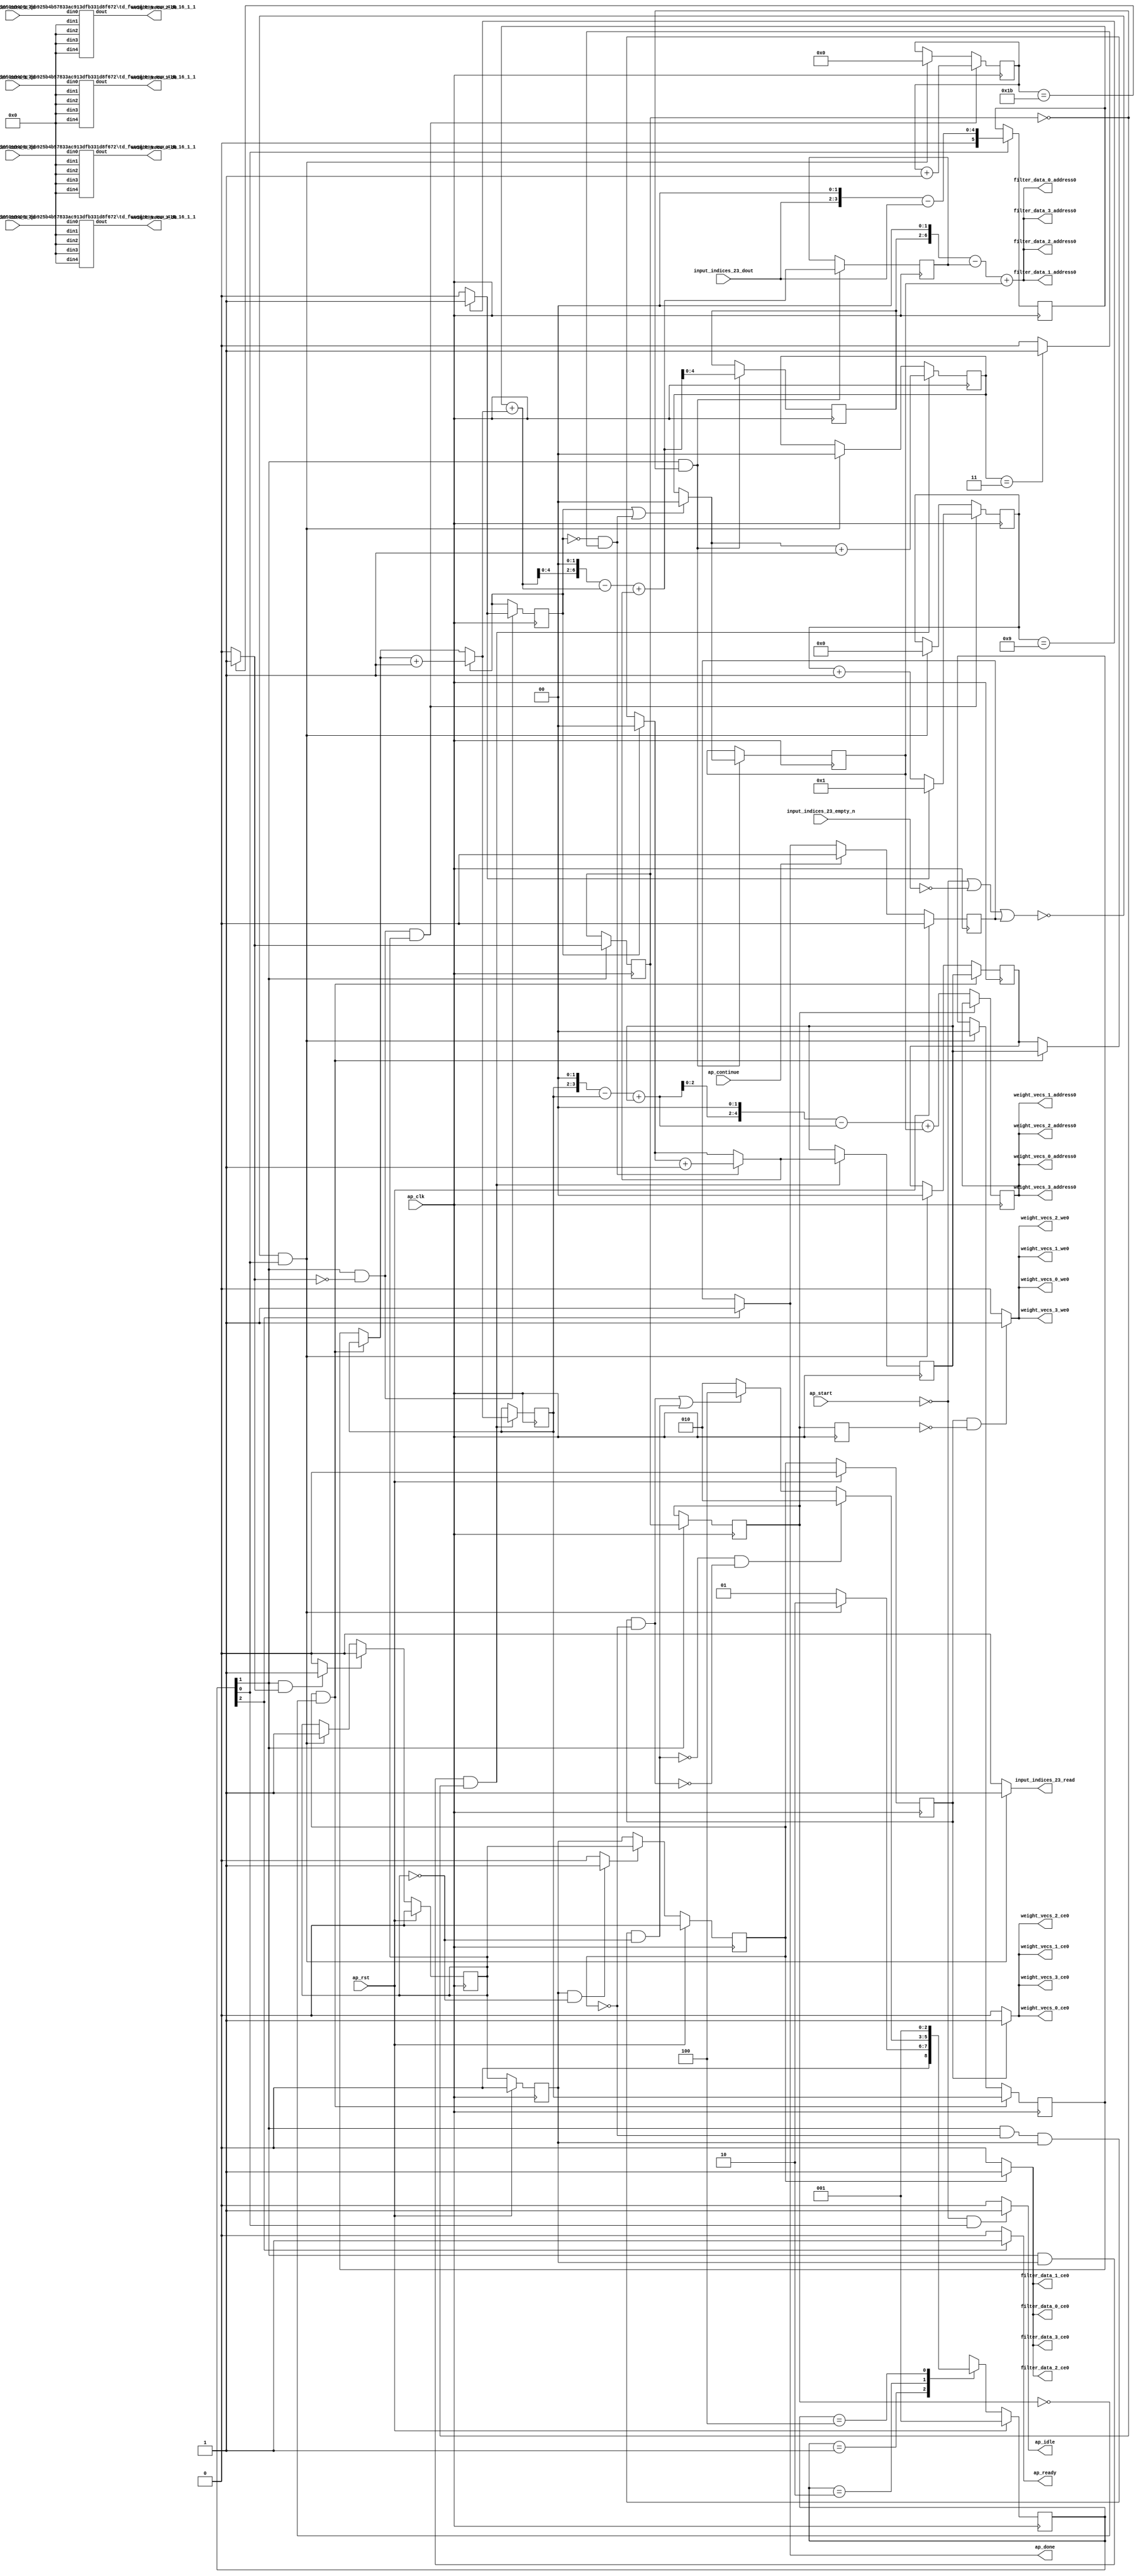
`define EXPONENT 5
`define MANTISSA 10
`define ACTUAL_MANTISSA 11
`define EXPONENT_LSB 10
`define EXPONENT_MSB 14
`define MANTISSA_LSB 0
`define MANTISSA_MSB 9
`define MANTISSA_MUL_SPLIT_LSB 3
`define MANTISSA_MUL_SPLIT_MSB 9
`define SIGN 1
`define SIGN_LOC 15
`define DWIDTH (`SIGN+`EXPONENT+`MANTISSA)
`define IEEE_COMPLIANCE 1

module td_fused_top_tdf1_readFilters18 (
        ap_clk,
        ap_rst,
        ap_start,
        ap_done,
        ap_continue,
        ap_idle,
        ap_ready,
        filter_data_0_address0,
        filter_data_0_ce0,
        filter_data_0_q0,
        filter_data_1_address0,
        filter_data_1_ce0,
        filter_data_1_q0,
        filter_data_2_address0,
        filter_data_2_ce0,
        filter_data_2_q0,
        filter_data_3_address0,
        filter_data_3_ce0,
        filter_data_3_q0,
        input_indices_23_dout,
        input_indices_23_empty_n,
        input_indices_23_read,
        weight_vecs_0_address0,
        weight_vecs_0_ce0,
        weight_vecs_0_we0,
        weight_vecs_0_d0,
        weight_vecs_1_address0,
        weight_vecs_1_ce0,
        weight_vecs_1_we0,
        weight_vecs_1_d0,
        weight_vecs_2_address0,
        weight_vecs_2_ce0,
        weight_vecs_2_we0,
        weight_vecs_2_d0,
        weight_vecs_3_address0,
        weight_vecs_3_ce0,
        weight_vecs_3_we0,
        weight_vecs_3_d0
);

parameter    ap_ST_fsm_state1 = 3'd1;
parameter    ap_ST_fsm_pp0_stage0 = 3'd2;
parameter    ap_ST_fsm_state6 = 3'd4;

input   ap_clk;
input   ap_rst;
input   ap_start;
output   ap_done;
input   ap_continue;
output   ap_idle;
output   ap_ready;
output  [6:0] filter_data_0_address0;
output   filter_data_0_ce0;
input  [15:0] filter_data_0_q0;
output  [6:0] filter_data_1_address0;
output   filter_data_1_ce0;
input  [15:0] filter_data_1_q0;
output  [6:0] filter_data_2_address0;
output   filter_data_2_ce0;
input  [15:0] filter_data_2_q0;
output  [6:0] filter_data_3_address0;
output   filter_data_3_ce0;
input  [15:0] filter_data_3_q0;
input  [1:0] input_indices_23_dout;
input   input_indices_23_empty_n;
output   input_indices_23_read;
output  [4:0] weight_vecs_0_address0;
output   weight_vecs_0_ce0;
output   weight_vecs_0_we0;
output  [15:0] weight_vecs_0_d0;
output  [4:0] weight_vecs_1_address0;
output   weight_vecs_1_ce0;
output   weight_vecs_1_we0;
output  [15:0] weight_vecs_1_d0;
output  [4:0] weight_vecs_2_address0;
output   weight_vecs_2_ce0;
output   weight_vecs_2_we0;
output  [15:0] weight_vecs_2_d0;
output  [4:0] weight_vecs_3_address0;
output   weight_vecs_3_ce0;
output   weight_vecs_3_we0;
output  [15:0] weight_vecs_3_d0;

reg ap_done;
reg ap_idle;
reg ap_ready;
reg filter_data_0_ce0;
reg filter_data_1_ce0;
reg filter_data_2_ce0;
reg filter_data_3_ce0;
reg input_indices_23_read;
reg weight_vecs_0_ce0;
reg weight_vecs_0_we0;
reg weight_vecs_1_ce0;
reg weight_vecs_1_we0;
reg weight_vecs_2_ce0;
reg weight_vecs_2_we0;
reg weight_vecs_3_ce0;
reg weight_vecs_3_we0;

reg    ap_done_reg;
  reg   [2:0] ap_CS_fsm;
wire    ap_CS_fsm_state1;
reg    input_indices_23_blk_n;
reg   [4:0] indvar_flatten13_reg_210;
reg   [3:0] indvar_flatten_reg_221;
reg   [1:0] ii_reg_232;
reg   [1:0] jj_reg_243;
reg   [1:0] kk_reg_254;
wire   [5:0] sext_ln47_fu_287_p1;
reg   [5:0] sext_ln47_reg_602;
wire   [4:0] add_ln47_6_fu_291_p2;
wire    ap_CS_fsm_pp0_stage0;
reg    ap_enable_reg_pp0_iter0;
wire    ap_block_state2_pp0_stage0_iter0;
wire    ap_block_state3_pp0_stage0_iter1;
wire    ap_block_state4_pp0_stage0_iter2;
wire    ap_block_state5_pp0_stage0_iter3;
wire    ap_block_pp0_stage0_11001;
wire   [0:0] icmp_ln47_fu_297_p2;
reg   [0:0] icmp_ln47_reg_612;
reg   [0:0] icmp_ln47_reg_612_pp0_iter1_reg;
reg   [0:0] icmp_ln47_reg_612_pp0_iter2_reg;
wire   [0:0] icmp_ln48_fu_303_p2;
reg   [0:0] icmp_ln48_reg_616;
wire   [3:0] select_ln48_12_fu_315_p3;
wire   [1:0] select_ln47_11_fu_336_p3;
reg   [1:0] select_ln47_11_reg_629;
reg    ap_enable_reg_pp0_iter1;
wire   [1:0] select_ln48_fu_402_p3;
reg   [1:0] select_ln48_reg_636;
wire   [1:0] select_ln48_11_fu_410_p3;
reg   [1:0] select_ln48_11_reg_642;
wire   [6:0] trunc_ln55_fu_428_p1;
reg   [6:0] trunc_ln55_reg_648;
wire   [4:0] trunc_ln55_16_fu_432_p1;
reg   [4:0] trunc_ln55_16_reg_653;
wire   [1:0] add_ln49_fu_436_p2;
wire   [4:0] add_ln55_14_fu_529_p2;
reg   [4:0] add_ln55_14_reg_683;
reg    ap_block_state1;
wire    ap_block_pp0_stage0_subdone;
reg    ap_condition_pp0_flush_enable;
reg    ap_enable_reg_pp0_iter2;
reg    ap_condition_pp0_exit_iter1_state3;
reg    ap_enable_reg_pp0_iter3;
reg   [1:0] ap_phi_mux_ii_phi_fu_236_p4;
wire    ap_block_pp0_stage0;
reg   [1:0] ap_phi_mux_jj_phi_fu_247_p4;
wire   [63:0] zext_ln55_42_fu_521_p1;
wire   [63:0] zext_ln55_43_fu_535_p1;
wire   [15:0] tmp_fu_542_p6;
wire   [15:0] tmp_s_fu_557_p6;
wire   [15:0] tmp_5_fu_572_p6;
wire   [15:0] tmp_6_fu_587_p6;
wire   [3:0] tmp_52_fu_269_p3;
wire   [4:0] zext_ln55_34_fu_277_p1;
wire   [4:0] zext_ln55_fu_265_p1;
wire   [4:0] sub_ln55_fu_281_p2;
wire   [3:0] add_ln48_6_fu_309_p2;
wire   [1:0] add_ln47_fu_323_p2;
wire   [5:0] zext_ln55_36_fu_343_p1;
wire   [5:0] add_ln55_fu_347_p2;
wire   [7:0] tmp_77_fu_356_p3;
wire   [61:0] sext_ln55_11_fu_364_p1;
wire   [61:0] sext_ln55_fu_352_p1;
wire   [0:0] icmp_ln49_fu_379_p2;
wire   [0:0] xor_ln47_fu_374_p2;
wire   [1:0] select_ln47_fu_329_p3;
wire   [0:0] and_ln47_fu_385_p2;
wire   [0:0] or_ln48_fu_397_p2;
wire   [1:0] add_ln48_fu_391_p2;
wire   [61:0] sub_ln55_11_fu_368_p2;
wire   [61:0] zext_ln55_39_fu_418_p1;
wire   [61:0] add_ln55_11_fu_422_p2;
wire   [3:0] tmp_53_fu_445_p3;
wire   [4:0] zext_ln55_37_fu_452_p1;
wire   [4:0] zext_ln55_35_fu_442_p1;
wire   [4:0] sub_ln55_12_fu_456_p2;
wire   [6:0] p_shl2_cast_fu_469_p3;
wire   [5:0] sext_ln48_fu_462_p1;
wire   [5:0] zext_ln55_38_fu_466_p1;
wire   [5:0] add_ln55_12_fu_481_p2;
wire   [2:0] trunc_ln55_18_fu_491_p1;
wire   [4:0] p_shl1_cast_fu_495_p3;
wire   [4:0] trunc_ln55_17_fu_487_p1;
wire   [6:0] sub_ln55_13_fu_476_p2;
wire   [6:0] zext_ln55_41_fu_512_p1;
wire   [6:0] add_ln55_13_fu_515_p2;
wire   [4:0] sub_ln55_14_fu_503_p2;
wire   [4:0] zext_ln55_40_fu_509_p1;
wire    ap_CS_fsm_state6;
reg   [2:0] ap_NS_fsm;
reg    ap_idle_pp0;
wire    ap_enable_pp0;
wire    ap_ce_reg;

// power-on initialization
initial begin
#0 ap_done_reg = 1'b0;
#0 ap_CS_fsm = 3'd1;
#0 ap_enable_reg_pp0_iter0 = 1'b0;
#0 ap_enable_reg_pp0_iter1 = 1'b0;
#0 ap_enable_reg_pp0_iter2 = 1'b0;
#0 ap_enable_reg_pp0_iter3 = 1'b0;
end

td_fused_top_mux_416_16_1_1 #(
    .ID( 1 ),
    .NUM_STAGE( 1 ),
    .din0_WIDTH( 16 ),
    .din1_WIDTH( 16 ),
    .din2_WIDTH( 16 ),
    .din3_WIDTH( 16 ),
    .din4_WIDTH( 16 ),
    .dout_WIDTH( 16 ))
mux_416_16_1_1_U17(
    .din0(filter_data_0_q0),
    .din1(16'd0),
    .din2(16'd0),
    .din3(16'd0),
    .din4(16'd0),
    .dout(tmp_fu_542_p6)
);

td_fused_top_mux_416_16_1_1 #(
    .ID( 1 ),
    .NUM_STAGE( 1 ),
    .din0_WIDTH( 16 ),
    .din1_WIDTH( 16 ),
    .din2_WIDTH( 16 ),
    .din3_WIDTH( 16 ),
    .din4_WIDTH( 16 ),
    .dout_WIDTH( 16 ))
mux_416_16_1_1_U18(
    .din0(filter_data_1_q0),
    .din1(16'd0),
    .din2(16'd0),
    .din3(16'd0),
    .din4(16'd0),
    .dout(tmp_s_fu_557_p6)
);

td_fused_top_mux_416_16_1_1 #(
    .ID( 1 ),
    .NUM_STAGE( 1 ),
    .din0_WIDTH( 16 ),
    .din1_WIDTH( 16 ),
    .din2_WIDTH( 16 ),
    .din3_WIDTH( 16 ),
    .din4_WIDTH( 16 ),
    .dout_WIDTH( 16 ))
mux_416_16_1_1_U19(
    .din0(filter_data_2_q0),
    .din1(16'd0),
    .din2(16'd0),
    .din3(16'd0),
    .din4(16'd0),
    .dout(tmp_5_fu_572_p6)
);

td_fused_top_mux_416_16_1_1 #(
    .ID( 1 ),
    .NUM_STAGE( 1 ),
    .din0_WIDTH( 16 ),
    .din1_WIDTH( 16 ),
    .din2_WIDTH( 16 ),
    .din3_WIDTH( 16 ),
    .din4_WIDTH( 16 ),
    .dout_WIDTH( 16 ))
mux_416_16_1_1_U20(
    .din0(filter_data_3_q0),
    .din1(16'd0),
    .din2(16'd0),
    .din3(16'd0),
    .din4(16'd0),
    .dout(tmp_6_fu_587_p6)
);

always @ (posedge ap_clk) begin
    if (ap_rst == 1'b1) begin
        ap_CS_fsm <= ap_ST_fsm_state1;
    end else begin
        ap_CS_fsm <= ap_NS_fsm;
    end
end

always @ (posedge ap_clk) begin
    if (ap_rst == 1'b1) begin
        ap_done_reg <= 1'b0;
    end else begin
        if ((ap_continue == 1'b1)) begin
            ap_done_reg <= 1'b0;
        end else if ((1'b1 == ap_CS_fsm_state6)) begin
            ap_done_reg <= 1'b1;
        end
    end
end

always @ (posedge ap_clk) begin
    if (ap_rst == 1'b1) begin
        ap_enable_reg_pp0_iter0 <= 1'b0;
    end else begin
        if ((1'b1 == ap_condition_pp0_flush_enable)) begin
            ap_enable_reg_pp0_iter0 <= 1'b0;
        end else if ((~((ap_start == 1'b0) | (input_indices_23_empty_n == 1'b0) | (ap_done_reg == 1'b1)) & (1'b1 == ap_CS_fsm_state1))) begin
            ap_enable_reg_pp0_iter0 <= 1'b1;
        end
    end
end

always @ (posedge ap_clk) begin
    if (ap_rst == 1'b1) begin
        ap_enable_reg_pp0_iter1 <= 1'b0;
    end else begin
        if ((1'b0 == ap_block_pp0_stage0_subdone)) begin
            ap_enable_reg_pp0_iter1 <= ap_enable_reg_pp0_iter0;
        end
    end
end

always @ (posedge ap_clk) begin
    if (ap_rst == 1'b1) begin
        ap_enable_reg_pp0_iter2 <= 1'b0;
    end else begin
        if ((1'b0 == ap_block_pp0_stage0_subdone)) begin
            if ((1'b1 == ap_condition_pp0_exit_iter1_state3)) begin
                ap_enable_reg_pp0_iter2 <= ap_enable_reg_pp0_iter0;
            end else if ((1'b1 == 1'b1)) begin
                ap_enable_reg_pp0_iter2 <= ap_enable_reg_pp0_iter1;
            end
        end
    end
end

always @ (posedge ap_clk) begin
    if (ap_rst == 1'b1) begin
        ap_enable_reg_pp0_iter3 <= 1'b0;
    end else begin
        if ((1'b0 == ap_block_pp0_stage0_subdone)) begin
            ap_enable_reg_pp0_iter3 <= ap_enable_reg_pp0_iter2;
        end else if ((~((ap_start == 1'b0) | (input_indices_23_empty_n == 1'b0) | (ap_done_reg == 1'b1)) & (1'b1 == ap_CS_fsm_state1))) begin
            ap_enable_reg_pp0_iter3 <= 1'b0;
        end
    end
end

always @ (posedge ap_clk) begin
    if (((ap_enable_reg_pp0_iter2 == 1'b1) & (icmp_ln47_reg_612_pp0_iter1_reg == 1'd0) & (1'b0 == ap_block_pp0_stage0_11001))) begin
        ii_reg_232 <= select_ln47_11_reg_629;
    end else if ((~((ap_start == 1'b0) | (input_indices_23_empty_n == 1'b0) | (ap_done_reg == 1'b1)) & (1'b1 == ap_CS_fsm_state1))) begin
        ii_reg_232 <= 2'd0;
    end
end

always @ (posedge ap_clk) begin
    if (((1'b1 == ap_CS_fsm_pp0_stage0) & (icmp_ln47_fu_297_p2 == 1'd0) & (1'b0 == ap_block_pp0_stage0_11001) & (ap_enable_reg_pp0_iter0 == 1'b1))) begin
        indvar_flatten13_reg_210 <= add_ln47_6_fu_291_p2;
    end else if ((~((ap_start == 1'b0) | (input_indices_23_empty_n == 1'b0) | (ap_done_reg == 1'b1)) & (1'b1 == ap_CS_fsm_state1))) begin
        indvar_flatten13_reg_210 <= 5'd0;
    end
end

always @ (posedge ap_clk) begin
    if (((1'b1 == ap_CS_fsm_pp0_stage0) & (icmp_ln47_fu_297_p2 == 1'd0) & (1'b0 == ap_block_pp0_stage0_11001) & (ap_enable_reg_pp0_iter0 == 1'b1))) begin
        indvar_flatten_reg_221 <= select_ln48_12_fu_315_p3;
    end else if ((~((ap_start == 1'b0) | (input_indices_23_empty_n == 1'b0) | (ap_done_reg == 1'b1)) & (1'b1 == ap_CS_fsm_state1))) begin
        indvar_flatten_reg_221 <= 4'd0;
    end
end

always @ (posedge ap_clk) begin
    if (((ap_enable_reg_pp0_iter2 == 1'b1) & (icmp_ln47_reg_612_pp0_iter1_reg == 1'd0) & (1'b0 == ap_block_pp0_stage0_11001))) begin
        jj_reg_243 <= select_ln48_11_reg_642;
    end else if ((~((ap_start == 1'b0) | (input_indices_23_empty_n == 1'b0) | (ap_done_reg == 1'b1)) & (1'b1 == ap_CS_fsm_state1))) begin
        jj_reg_243 <= 2'd0;
    end
end

always @ (posedge ap_clk) begin
    if (((1'b1 == ap_CS_fsm_pp0_stage0) & (ap_enable_reg_pp0_iter1 == 1'b1) & (icmp_ln47_reg_612 == 1'd0) & (1'b0 == ap_block_pp0_stage0_11001))) begin
        kk_reg_254 <= add_ln49_fu_436_p2;
    end else if ((~((ap_start == 1'b0) | (input_indices_23_empty_n == 1'b0) | (ap_done_reg == 1'b1)) & (1'b1 == ap_CS_fsm_state1))) begin
        kk_reg_254 <= 2'd0;
    end
end

always @ (posedge ap_clk) begin
    if (((icmp_ln47_reg_612_pp0_iter1_reg == 1'd0) & (1'b0 == ap_block_pp0_stage0_11001))) begin
        add_ln55_14_reg_683 <= add_ln55_14_fu_529_p2;
    end
end

always @ (posedge ap_clk) begin
    if (((1'b1 == ap_CS_fsm_pp0_stage0) & (1'b0 == ap_block_pp0_stage0_11001))) begin
        icmp_ln47_reg_612 <= icmp_ln47_fu_297_p2;
        icmp_ln47_reg_612_pp0_iter1_reg <= icmp_ln47_reg_612;
    end
end

always @ (posedge ap_clk) begin
    if ((1'b0 == ap_block_pp0_stage0_11001)) begin
        icmp_ln47_reg_612_pp0_iter2_reg <= icmp_ln47_reg_612_pp0_iter1_reg;
    end
end

always @ (posedge ap_clk) begin
    if (((1'b1 == ap_CS_fsm_pp0_stage0) & (icmp_ln47_fu_297_p2 == 1'd0) & (1'b0 == ap_block_pp0_stage0_11001))) begin
        icmp_ln48_reg_616 <= icmp_ln48_fu_303_p2;
    end
end

always @ (posedge ap_clk) begin
    if (((1'b1 == ap_CS_fsm_pp0_stage0) & (ap_enable_reg_pp0_iter1 == 1'b1) & (icmp_ln47_reg_612 == 1'd0) & (1'b0 == ap_block_pp0_stage0_11001))) begin
        select_ln47_11_reg_629 <= select_ln47_11_fu_336_p3;
        select_ln48_11_reg_642 <= select_ln48_11_fu_410_p3;
    end
end

always @ (posedge ap_clk) begin
    if (((1'b1 == ap_CS_fsm_pp0_stage0) & (icmp_ln47_reg_612 == 1'd0) & (1'b0 == ap_block_pp0_stage0_11001))) begin
        select_ln48_reg_636 <= select_ln48_fu_402_p3;
        trunc_ln55_16_reg_653 <= trunc_ln55_16_fu_432_p1;
        trunc_ln55_reg_648 <= trunc_ln55_fu_428_p1;
    end
end

always @ (posedge ap_clk) begin
    if ((1'b1 == ap_CS_fsm_state1)) begin
        sext_ln47_reg_602 <= sext_ln47_fu_287_p1;
    end
end

always @ (*) begin
    if (((ap_enable_reg_pp0_iter1 == 1'b1) & (ap_enable_reg_pp0_iter0 == 1'b0))) begin
        ap_condition_pp0_exit_iter1_state3 = 1'b1;
    end else begin
        ap_condition_pp0_exit_iter1_state3 = 1'b0;
    end
end

always @ (*) begin
    if (((1'b1 == ap_CS_fsm_pp0_stage0) & (icmp_ln47_fu_297_p2 == 1'd1) & (1'b0 == ap_block_pp0_stage0_subdone))) begin
        ap_condition_pp0_flush_enable = 1'b1;
    end else begin
        ap_condition_pp0_flush_enable = 1'b0;
    end
end

always @ (*) begin
    if ((1'b1 == ap_CS_fsm_state6)) begin
        ap_done = 1'b1;
    end else begin
        ap_done = ap_done_reg;
    end
end

always @ (*) begin
    if (((ap_start == 1'b0) & (1'b1 == ap_CS_fsm_state1))) begin
        ap_idle = 1'b1;
    end else begin
        ap_idle = 1'b0;
    end
end

always @ (*) begin
    if (((ap_enable_reg_pp0_iter3 == 1'b0) & (ap_enable_reg_pp0_iter2 == 1'b0) & (ap_enable_reg_pp0_iter1 == 1'b0) & (ap_enable_reg_pp0_iter0 == 1'b0))) begin
        ap_idle_pp0 = 1'b1;
    end else begin
        ap_idle_pp0 = 1'b0;
    end
end

always @ (*) begin
    if (((ap_enable_reg_pp0_iter2 == 1'b1) & (icmp_ln47_reg_612_pp0_iter1_reg == 1'd0) & (1'b0 == ap_block_pp0_stage0))) begin
        ap_phi_mux_ii_phi_fu_236_p4 = select_ln47_11_reg_629;
    end else begin
        ap_phi_mux_ii_phi_fu_236_p4 = ii_reg_232;
    end
end

always @ (*) begin
    if (((ap_enable_reg_pp0_iter2 == 1'b1) & (icmp_ln47_reg_612_pp0_iter1_reg == 1'd0) & (1'b0 == ap_block_pp0_stage0))) begin
        ap_phi_mux_jj_phi_fu_247_p4 = select_ln48_11_reg_642;
    end else begin
        ap_phi_mux_jj_phi_fu_247_p4 = jj_reg_243;
    end
end

always @ (*) begin
    if ((1'b1 == ap_CS_fsm_state6)) begin
        ap_ready = 1'b1;
    end else begin
        ap_ready = 1'b0;
    end
end

always @ (*) begin
    if (((ap_enable_reg_pp0_iter2 == 1'b1) & (1'b0 == ap_block_pp0_stage0_11001))) begin
        filter_data_0_ce0 = 1'b1;
    end else begin
        filter_data_0_ce0 = 1'b0;
    end
end

always @ (*) begin
    if (((ap_enable_reg_pp0_iter2 == 1'b1) & (1'b0 == ap_block_pp0_stage0_11001))) begin
        filter_data_1_ce0 = 1'b1;
    end else begin
        filter_data_1_ce0 = 1'b0;
    end
end

always @ (*) begin
    if (((ap_enable_reg_pp0_iter2 == 1'b1) & (1'b0 == ap_block_pp0_stage0_11001))) begin
        filter_data_2_ce0 = 1'b1;
    end else begin
        filter_data_2_ce0 = 1'b0;
    end
end

always @ (*) begin
    if (((ap_enable_reg_pp0_iter2 == 1'b1) & (1'b0 == ap_block_pp0_stage0_11001))) begin
        filter_data_3_ce0 = 1'b1;
    end else begin
        filter_data_3_ce0 = 1'b0;
    end
end

always @ (*) begin
    if ((~((ap_start == 1'b0) | (ap_done_reg == 1'b1)) & (1'b1 == ap_CS_fsm_state1))) begin
        input_indices_23_blk_n = input_indices_23_empty_n;
    end else begin
        input_indices_23_blk_n = 1'b1;
    end
end

always @ (*) begin
    if ((~((ap_start == 1'b0) | (input_indices_23_empty_n == 1'b0) | (ap_done_reg == 1'b1)) & (1'b1 == ap_CS_fsm_state1))) begin
        input_indices_23_read = 1'b1;
    end else begin
        input_indices_23_read = 1'b0;
    end
end

always @ (*) begin
    if (((ap_enable_reg_pp0_iter3 == 1'b1) & (1'b0 == ap_block_pp0_stage0_11001))) begin
        weight_vecs_0_ce0 = 1'b1;
    end else begin
        weight_vecs_0_ce0 = 1'b0;
    end
end

always @ (*) begin
    if (((ap_enable_reg_pp0_iter3 == 1'b1) & (icmp_ln47_reg_612_pp0_iter2_reg == 1'd0) & (1'b0 == ap_block_pp0_stage0_11001))) begin
        weight_vecs_0_we0 = 1'b1;
    end else begin
        weight_vecs_0_we0 = 1'b0;
    end
end

always @ (*) begin
    if (((ap_enable_reg_pp0_iter3 == 1'b1) & (1'b0 == ap_block_pp0_stage0_11001))) begin
        weight_vecs_1_ce0 = 1'b1;
    end else begin
        weight_vecs_1_ce0 = 1'b0;
    end
end

always @ (*) begin
    if (((ap_enable_reg_pp0_iter3 == 1'b1) & (icmp_ln47_reg_612_pp0_iter2_reg == 1'd0) & (1'b0 == ap_block_pp0_stage0_11001))) begin
        weight_vecs_1_we0 = 1'b1;
    end else begin
        weight_vecs_1_we0 = 1'b0;
    end
end

always @ (*) begin
    if (((ap_enable_reg_pp0_iter3 == 1'b1) & (1'b0 == ap_block_pp0_stage0_11001))) begin
        weight_vecs_2_ce0 = 1'b1;
    end else begin
        weight_vecs_2_ce0 = 1'b0;
    end
end

always @ (*) begin
    if (((ap_enable_reg_pp0_iter3 == 1'b1) & (icmp_ln47_reg_612_pp0_iter2_reg == 1'd0) & (1'b0 == ap_block_pp0_stage0_11001))) begin
        weight_vecs_2_we0 = 1'b1;
    end else begin
        weight_vecs_2_we0 = 1'b0;
    end
end

always @ (*) begin
    if (((ap_enable_reg_pp0_iter3 == 1'b1) & (1'b0 == ap_block_pp0_stage0_11001))) begin
        weight_vecs_3_ce0 = 1'b1;
    end else begin
        weight_vecs_3_ce0 = 1'b0;
    end
end

always @ (*) begin
    if (((ap_enable_reg_pp0_iter3 == 1'b1) & (icmp_ln47_reg_612_pp0_iter2_reg == 1'd0) & (1'b0 == ap_block_pp0_stage0_11001))) begin
        weight_vecs_3_we0 = 1'b1;
    end else begin
        weight_vecs_3_we0 = 1'b0;
    end
end

always @ (*) begin
    case (ap_CS_fsm)
        ap_ST_fsm_state1 : begin
            if ((~((ap_start == 1'b0) | (input_indices_23_empty_n == 1'b0) | (ap_done_reg == 1'b1)) & (1'b1 == ap_CS_fsm_state1))) begin
                ap_NS_fsm = ap_ST_fsm_pp0_stage0;
            end else begin
                ap_NS_fsm = ap_ST_fsm_state1;
            end
        end
        ap_ST_fsm_pp0_stage0 : begin
            if ((~((1'b1 == ap_CS_fsm_pp0_stage0) & (ap_enable_reg_pp0_iter2 == 1'b0) & (ap_enable_reg_pp0_iter1 == 1'b1) & (1'b0 == ap_block_pp0_stage0_subdone) & (ap_enable_reg_pp0_iter0 == 1'b0)) & ~((ap_enable_reg_pp0_iter3 == 1'b1) & (ap_enable_reg_pp0_iter2 == 1'b0) & (1'b0 == ap_block_pp0_stage0_subdone)))) begin
                ap_NS_fsm = ap_ST_fsm_pp0_stage0;
            end else if ((((ap_enable_reg_pp0_iter3 == 1'b1) & (ap_enable_reg_pp0_iter2 == 1'b0) & (1'b0 == ap_block_pp0_stage0_subdone)) | ((1'b1 == ap_CS_fsm_pp0_stage0) & (ap_enable_reg_pp0_iter2 == 1'b0) & (ap_enable_reg_pp0_iter1 == 1'b1) & (1'b0 == ap_block_pp0_stage0_subdone) & (ap_enable_reg_pp0_iter0 == 1'b0)))) begin
                ap_NS_fsm = ap_ST_fsm_state6;
            end else begin
                ap_NS_fsm = ap_ST_fsm_pp0_stage0;
            end
        end
        ap_ST_fsm_state6 : begin
            ap_NS_fsm = ap_ST_fsm_state1;
        end
        default : begin
            ap_NS_fsm = 'bx;
        end
    endcase
end

assign add_ln47_6_fu_291_p2 = (indvar_flatten13_reg_210 + 5'd1);

assign add_ln47_fu_323_p2 = (ap_phi_mux_ii_phi_fu_236_p4 + 2'd1);

assign add_ln48_6_fu_309_p2 = (indvar_flatten_reg_221 + 4'd1);

assign add_ln48_fu_391_p2 = (select_ln47_fu_329_p3 + 2'd1);

assign add_ln49_fu_436_p2 = (select_ln48_fu_402_p3 + 2'd1);

assign add_ln55_11_fu_422_p2 = (sub_ln55_11_fu_368_p2 + zext_ln55_39_fu_418_p1);

assign add_ln55_12_fu_481_p2 = ((sext_ln48_fu_462_p1) + (zext_ln55_38_fu_466_p1));

assign add_ln55_13_fu_515_p2 = (sub_ln55_13_fu_476_p2 + zext_ln55_41_fu_512_p1);

assign add_ln55_14_fu_529_p2 = (sub_ln55_14_fu_503_p2 + zext_ln55_40_fu_509_p1);

assign add_ln55_fu_347_p2 = ((sext_ln47_reg_602) + (zext_ln55_36_fu_343_p1));

assign and_ln47_fu_385_p2 = (xor_ln47_fu_374_p2 & icmp_ln49_fu_379_p2);

assign ap_CS_fsm_pp0_stage0 = ap_CS_fsm[32'd1];

assign ap_CS_fsm_state1 = ap_CS_fsm[32'd0];

assign ap_CS_fsm_state6 = ap_CS_fsm[32'd2];

assign ap_block_pp0_stage0 = ~(1'b1 == 1'b1);

assign ap_block_pp0_stage0_11001 = ~(1'b1 == 1'b1);

assign ap_block_pp0_stage0_subdone = ~(1'b1 == 1'b1);

always @ (*) begin
    ap_block_state1 = ((ap_start == 1'b0) | (input_indices_23_empty_n == 1'b0) | (ap_done_reg == 1'b1));
end

assign ap_block_state2_pp0_stage0_iter0 = ~(1'b1 == 1'b1);

assign ap_block_state3_pp0_stage0_iter1 = ~(1'b1 == 1'b1);

assign ap_block_state4_pp0_stage0_iter2 = ~(1'b1 == 1'b1);

assign ap_block_state5_pp0_stage0_iter3 = ~(1'b1 == 1'b1);

assign ap_enable_pp0 = (ap_idle_pp0 ^ 1'b1);

assign filter_data_0_address0 = zext_ln55_42_fu_521_p1;

assign filter_data_1_address0 = zext_ln55_42_fu_521_p1;

assign filter_data_2_address0 = zext_ln55_42_fu_521_p1;

assign filter_data_3_address0 = zext_ln55_42_fu_521_p1;

assign icmp_ln47_fu_297_p2 = ((indvar_flatten13_reg_210 == 5'd27) ? 1'b1 : 1'b0);

assign icmp_ln48_fu_303_p2 = ((indvar_flatten_reg_221 == 4'd9) ? 1'b1 : 1'b0);

assign icmp_ln49_fu_379_p2 = ((kk_reg_254 == 2'd3) ? 1'b1 : 1'b0);

assign or_ln48_fu_397_p2 = (icmp_ln48_reg_616 | and_ln47_fu_385_p2);

assign p_shl1_cast_fu_495_p3 = {{trunc_ln55_18_fu_491_p1}, {2'd0}};

assign p_shl2_cast_fu_469_p3 = {{trunc_ln55_16_reg_653}, {2'd0}};

assign select_ln47_11_fu_336_p3 = ((icmp_ln48_reg_616[0:0] == 1'b1) ? add_ln47_fu_323_p2 : ap_phi_mux_ii_phi_fu_236_p4);

assign select_ln47_fu_329_p3 = ((icmp_ln48_reg_616[0:0] == 1'b1) ? 2'd0 : ap_phi_mux_jj_phi_fu_247_p4);

assign select_ln48_11_fu_410_p3 = ((and_ln47_fu_385_p2[0:0] == 1'b1) ? add_ln48_fu_391_p2 : select_ln47_fu_329_p3);

assign select_ln48_12_fu_315_p3 = ((icmp_ln48_fu_303_p2[0:0] == 1'b1) ? 4'd1 : add_ln48_6_fu_309_p2);

assign select_ln48_fu_402_p3 = ((or_ln48_fu_397_p2[0:0] == 1'b1) ? 2'd0 : kk_reg_254);

assign sext_ln47_fu_287_p1 = (sub_ln55_fu_281_p2);

assign sext_ln48_fu_462_p1 = (sub_ln55_12_fu_456_p2);

assign sext_ln55_11_fu_364_p1 = (tmp_77_fu_356_p3);

assign sext_ln55_fu_352_p1 = add_ln55_fu_347_p2;

assign sub_ln55_11_fu_368_p2 = ((sext_ln55_11_fu_364_p1) - (sext_ln55_fu_352_p1));

assign sub_ln55_12_fu_456_p2 = (zext_ln55_37_fu_452_p1 - zext_ln55_35_fu_442_p1);

assign sub_ln55_13_fu_476_p2 = (p_shl2_cast_fu_469_p3 - trunc_ln55_reg_648);

assign sub_ln55_14_fu_503_p2 = (p_shl1_cast_fu_495_p3 - trunc_ln55_17_fu_487_p1);

assign sub_ln55_fu_281_p2 = (zext_ln55_34_fu_277_p1 - zext_ln55_fu_265_p1);

assign tmp_52_fu_269_p3 = {{input_indices_23_dout}, {2'd0}};

assign tmp_53_fu_445_p3 = {{select_ln47_11_reg_629}, {2'd0}};

assign tmp_77_fu_356_p3 = {{add_ln55_fu_347_p2}, {2'd0}};

assign trunc_ln55_16_fu_432_p1 = add_ln55_11_fu_422_p2[4:0];

assign trunc_ln55_17_fu_487_p1 = add_ln55_12_fu_481_p2[4:0];

assign trunc_ln55_18_fu_491_p1 = add_ln55_12_fu_481_p2[2:0];

assign trunc_ln55_fu_428_p1 = add_ln55_11_fu_422_p2[6:0];

assign weight_vecs_0_address0 = zext_ln55_43_fu_535_p1;

assign weight_vecs_0_d0 = tmp_fu_542_p6;

assign weight_vecs_1_address0 = zext_ln55_43_fu_535_p1;

assign weight_vecs_1_d0 = tmp_s_fu_557_p6;

assign weight_vecs_2_address0 = zext_ln55_43_fu_535_p1;

assign weight_vecs_2_d0 = tmp_5_fu_572_p6;

assign weight_vecs_3_address0 = zext_ln55_43_fu_535_p1;

assign weight_vecs_3_d0 = tmp_6_fu_587_p6;

assign xor_ln47_fu_374_p2 = (icmp_ln48_reg_616 ^ 1'd1);

assign zext_ln55_34_fu_277_p1 = tmp_52_fu_269_p3;

assign zext_ln55_35_fu_442_p1 = select_ln47_11_reg_629;

assign zext_ln55_36_fu_343_p1 = select_ln47_11_fu_336_p3;

assign zext_ln55_37_fu_452_p1 = tmp_53_fu_445_p3;

assign zext_ln55_38_fu_466_p1 = select_ln48_11_reg_642;

assign zext_ln55_39_fu_418_p1 = select_ln48_11_fu_410_p3;

assign zext_ln55_40_fu_509_p1 = select_ln48_reg_636;

assign zext_ln55_41_fu_512_p1 = select_ln48_reg_636;

assign zext_ln55_42_fu_521_p1 = add_ln55_13_fu_515_p2;

assign zext_ln55_43_fu_535_p1 = add_ln55_14_reg_683;

assign zext_ln55_fu_265_p1 = input_indices_23_dout;

endmodule //td_fused_top_tdf1_readFilters18
module td_fused_top_mux_416_16_1_1 #(
parameter
    ID                = 0,
    NUM_STAGE         = 1,
    din0_WIDTH       = 32,
    din1_WIDTH       = 32,
    din2_WIDTH       = 32,
    din3_WIDTH       = 32,
    din4_WIDTH         = 32,
    dout_WIDTH            = 32
)(
    input  [15 : 0]     din0,
    input  [15 : 0]     din1,
    input  [15 : 0]     din2,
    input  [15 : 0]     din3,
    input  [15 : 0]    din4,
    output [15 : 0]   dout);

// puts internal signals
wire [15 : 0]     sel;
// level 1 signals
wire [15 : 0]         mux_1_0;
wire [15 : 0]         mux_1_1;
// level 2 signals
wire [15 : 0]         mux_2_0;
// level 3 signals
wire [15 : 0]         mux_3_0;
// level 4 signals
wire [15 : 0]         mux_4_0;
// level 5 signals
wire [15 : 0]         mux_5_0;
// level 6 signals
wire [15 : 0]         mux_6_0;
// level 7 signals
wire [15 : 0]         mux_7_0;
// level 8 signals
wire [15 : 0]         mux_8_0;
// level 9 signals
wire [15 : 0]         mux_9_0;
// level 10 signals
wire [15 : 0]         mux_10_0;
// level 11 signals
wire [15 : 0]         mux_11_0;
// level 12 signals
wire [15 : 0]         mux_12_0;
// level 13 signals
wire [15 : 0]         mux_13_0;
// level 14 signals
wire [15 : 0]         mux_14_0;
// level 15 signals
wire [15 : 0]         mux_15_0;
// level 16 signals
wire [15 : 0]         mux_16_0;

assign sel = din4;

// Generate level 1 logic
assign mux_1_0 = (sel[0] == 0)? din0 : din1;
assign mux_1_1 = (sel[0] == 0)? din2 : din3;

// Generate level 2 logic
assign mux_2_0 = (sel[1] == 0)? mux_1_0 : mux_1_1;

// Generate level 3 logic
assign mux_3_0 = mux_2_0;

// Generate level 4 logic
assign mux_4_0 = mux_3_0;

// Generate level 5 logic
assign mux_5_0 = mux_4_0;

// Generate level 6 logic
assign mux_6_0 = mux_5_0;

// Generate level 7 logic
assign mux_7_0 = mux_6_0;

// Generate level 8 logic
assign mux_8_0 = mux_7_0;

// Generate level 9 logic
assign mux_9_0 = mux_8_0;

// Generate level 10 logic
assign mux_10_0 = mux_9_0;

// Generate level 11 logic
assign mux_11_0 = mux_10_0;

// Generate level 12 logic
assign mux_12_0 = mux_11_0;

// Generate level 13 logic
assign mux_13_0 = mux_12_0;

// Generate level 14 logic
assign mux_14_0 = mux_13_0;

// Generate level 15 logic
assign mux_15_0 = mux_14_0;

// Generate level 16 logic
assign mux_16_0 = mux_15_0;

// output logic
assign dout = mux_16_0;

endmodule